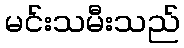
မင်းသမီးသည်